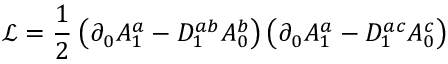
{ \mathcal L } = \frac { 1 } { 2 } \: \big ( \partial _ { 0 } A _ { 1 } ^ { a } - D _ { 1 } ^ { a b } A _ { 0 } ^ { b } \big ) \, \big ( \partial _ { 0 } A _ { 1 } ^ { a } - D _ { 1 } ^ { a c } A _ { 0 } ^ { c } \big )